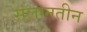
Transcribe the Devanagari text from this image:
संलग्नतीन